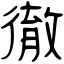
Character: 徹